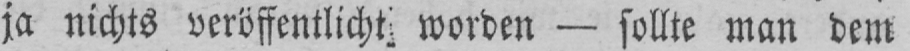
ja nichts veröffentlicht worden - sollte man dem